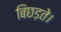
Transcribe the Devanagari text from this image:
बिछड़ते।